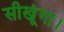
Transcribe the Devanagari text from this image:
सीखूंगा।